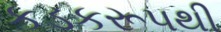
કડકરૂપથી